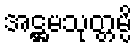
အဋ္ဌမသုတ္တမ္ပိ